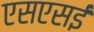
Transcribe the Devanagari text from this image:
एसएसई